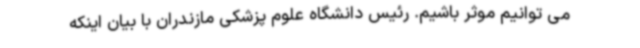
می توانیم موثر باشیم. رئیس دانشگاه علوم پزشکی مازندران با بیان اینکه